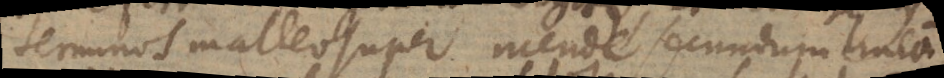
terminos malleo super incude secundum lineam